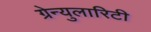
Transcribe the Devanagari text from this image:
ग्रेन्युलारिटी